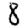
Digit: 8